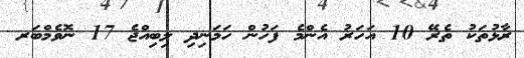
ރާޅުތަކު ތެރޭ 10 އަހަރު އެންމެ ފަހުން ހަމަނިދި ލިބިއްޖެ 17 ނޮވެމްބަރ